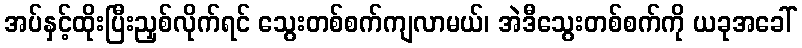
အပ်နှင့်ထိုးပြီးညှစ်လိုက်ရင် သွေးတစ်စက်ကျလာမယ်၊ အဲဒီသွေးတစ်စက်ကို ယခုအခေါ်